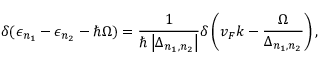
\delta ( \epsilon _ { n _ { 1 } } - \epsilon _ { n _ { 2 } } - \hbar \Omega ) = \frac { 1 } { \hbar \left| \Delta _ { n _ { 1 } , n _ { 2 } } \right| } \delta \left( v _ { F } k - \frac { \Omega } { \Delta _ { n _ { 1 } , n _ { 2 } } } \right) ,